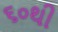
૬૦થી